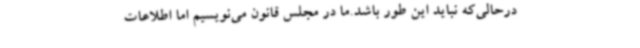
درحالی‌که نباید این طور باشد.ما در مجلس قانون می‌نویسیم اما اطلاعات